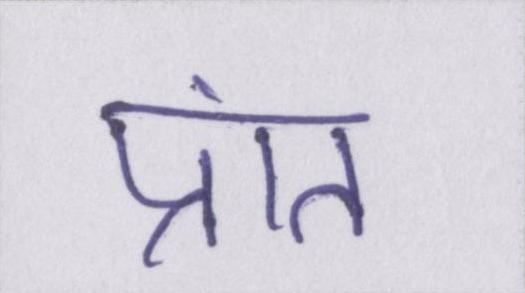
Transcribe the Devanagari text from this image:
प्रांत